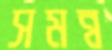
সমন্ব